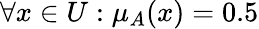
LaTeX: \forall x\in U:\mu_{A}(x)=0.5